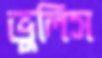
ভুলিস